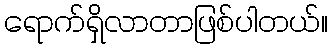
ရောက်ရှိလာတာဖြစ်ပါတယ်။